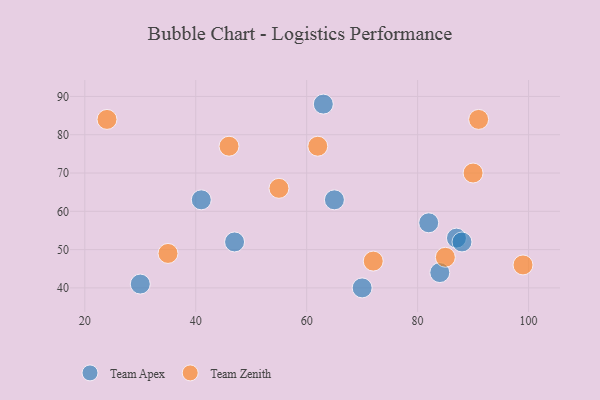
{"axis": {"x": "GDP", "y": "Life Expectancy"}, "legend": ["Team Apex", "Team Zenith"], "data": [{"x": "65", "y": 63, "type": "Team Apex"}, {"x": "30", "y": 41, "type": "Team Apex"}, {"x": "63", "y": 88, "type": "Team Apex"}, {"x": "70", "y": 40, "type": "Team Apex"}, {"x": "82", "y": 57, "type": "Team Apex"}, {"x": "84", "y": 44, "type": "Team Apex"}, {"x": "87", "y": 53, "type": "Team Apex"}, {"x": "47", "y": 52, "type": "Team Apex"}, {"x": "41", "y": 63, "type": "Team Apex"}, {"x": "88", "y": 52, "type": "Team Apex"}, {"x": "62", "y": 77, "type": "Team Zenith"}, {"x": "35", "y": 49, "type": "Team Zenith"}, {"x": "90", "y": 70, "type": "Team Zenith"}, {"x": "24", "y": 84, "type": "Team Zenith"}, {"x": "85", "y": 48, "type": "Team Zenith"}, {"x": "99", "y": 46, "type": "Team Zenith"}, {"x": "72", "y": 47, "type": "Team Zenith"}, {"x": "91", "y": 84, "type": "Team Zenith"}, {"x": "55", "y": 66, "type": "Team Zenith"}, {"x": "46", "y": 77, "type": "Team Zenith"}]}